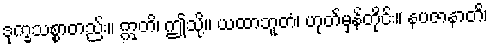
ဒုက္ခသစ္စာတည်း။ ဣတိ၊ ဤသို့။ ယထာဘူတံ၊ ဟုတ်မှန်တိုင်း။ နပဇာနာတိ၊